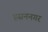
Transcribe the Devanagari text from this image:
हसननगर